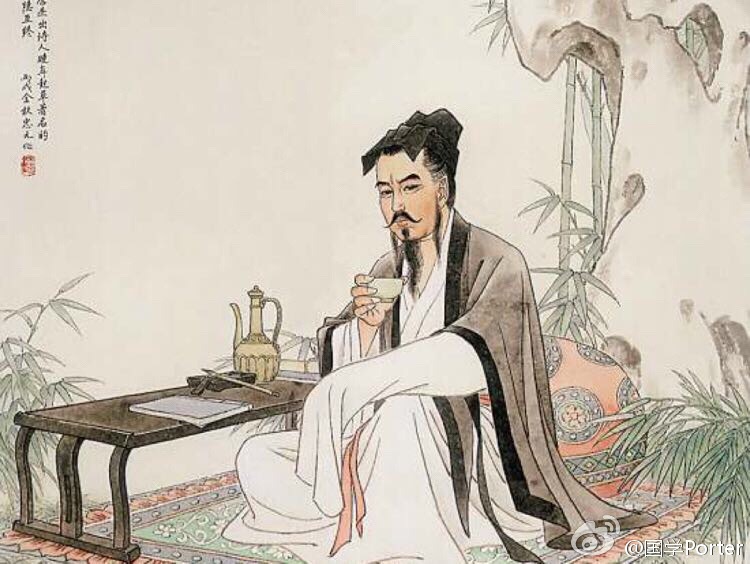
离心何以赠，自有玉壶冰。